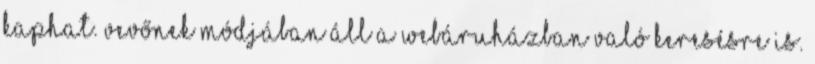
kaphat. Vevőnek módjában áll a webáruházban való keresésre is.